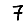
Digit: 7